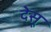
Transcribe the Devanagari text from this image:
देसू